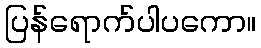
ပြန်ရောက်ပါပကော။